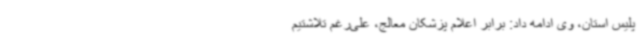
پلیس استان، وی ادامه داد: برابر اعلام پزشکان معالج، علی‌رغم تلاشتیم